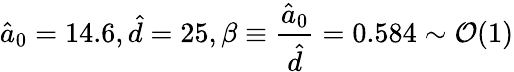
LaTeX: \hat{a}_{0}=14.6,\hat{d}=25,\beta\equiv\frac{\hat{a}_{0}}{\hat{d}}=0.584\sim\mathcal{O}(1)